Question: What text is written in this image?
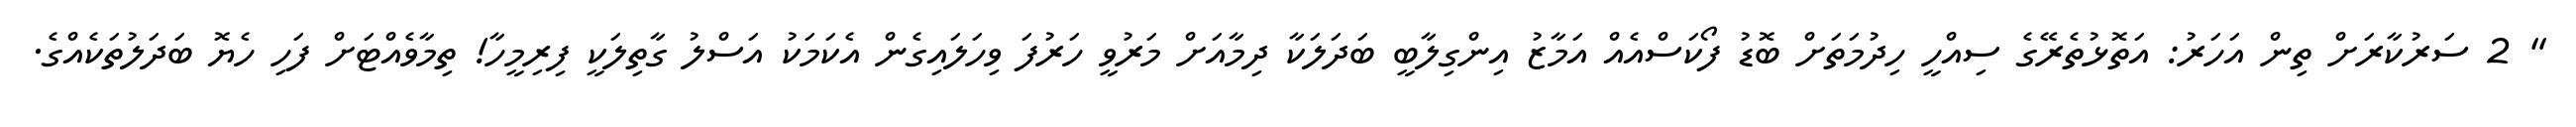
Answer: " 2 ސަރުކާރަށް ތިން އަހަރު: އަތޮޅުތެރޭގެ ސިއްހީ ހިދުމަތަށް ބޮޑު ފޯކަސްއެއް އަމާޒު އިންގިލާބީ ބަދަލަކާ ދިމާއަށް މަރުވީ ހަރުފަ ވިހަލައިގެން އެކަމަކު އަސްލު ގާތިލަކީ ފިރިމީހާ! ތިމާވެއްޓަށް ފަހި ހެޔޮ ބަދަލުތަކެއްގެ.